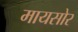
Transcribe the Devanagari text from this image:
मायसोर